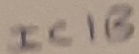
Text: IC1B